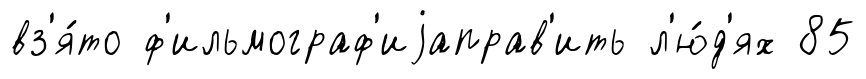
вз'я́то ф'ильмограф'иjаправ'ить л'ю́д'ях 85